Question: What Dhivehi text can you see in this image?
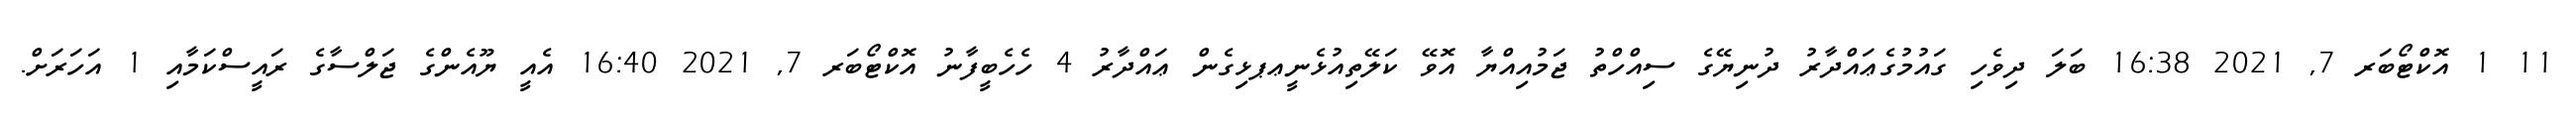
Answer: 11 1 އޮކްޓޯބަރ 7, 2021 16:38 ބަލަ ދިވެހި ގައުމުގެޢައްދާރު ދުނިޔޭގެ ސިއްހްތު ޖަމުއިއްޔާ އޮވޭ ކަލޭތިއުޅެނީޢޕޅިގެން ޢައްދާރު 4 ހެހެބީފާނު އޮކްޓޯބަރ 7, 2021 16:40 އެއީ ޔޫއެންގެ ޖަލްސާގެ ރައީސްކަމާއި 1 އަހަރަށް.